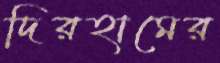
দিরহামের